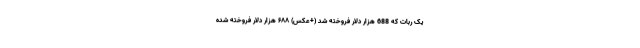
یک ربات که 688 هزار دلار فروخته شد (+عکس) ۶۸۸ هزار دلار فروخته شده